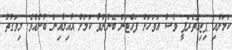
ކަމަށާއި ޕިޒިއޮތެރަޕީ ވެސް އަވަހަށް ފައްޓަން ބޭނުންވާ ކަމަށް އާއިލާއިން ބުނެއެވެ. މިވަގުތު